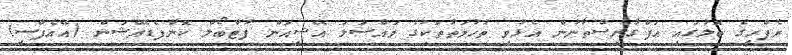
ރެފްރީގެ ބޮލުގައި އަފްގާނިސްތާނުން އެޅުވި ތުހުމަތުތަކުގެ މައްސަލަ އޭޝިއަން ފުޓްބޯލް ކޮންފެޑެރޭޝަން (އޭއެފްސީ)